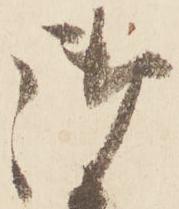
御